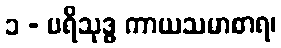
၁ - ပရိသုဒ္ဓ ကာယသမာစာရ၊